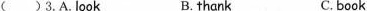
( )3.A.Look B.thank C. book